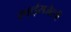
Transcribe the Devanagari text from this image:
स्पाईसजेटची